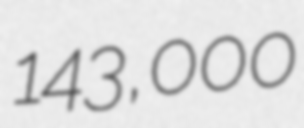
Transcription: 143,000